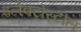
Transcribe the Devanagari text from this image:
इलेक्ट्रोस्टील